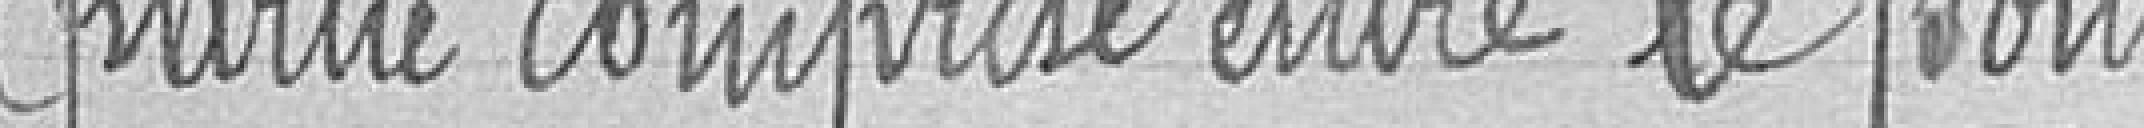
Partie comprise entre le pont